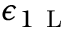
\epsilon _ { 1 \mathrm { ~ L ~ } }